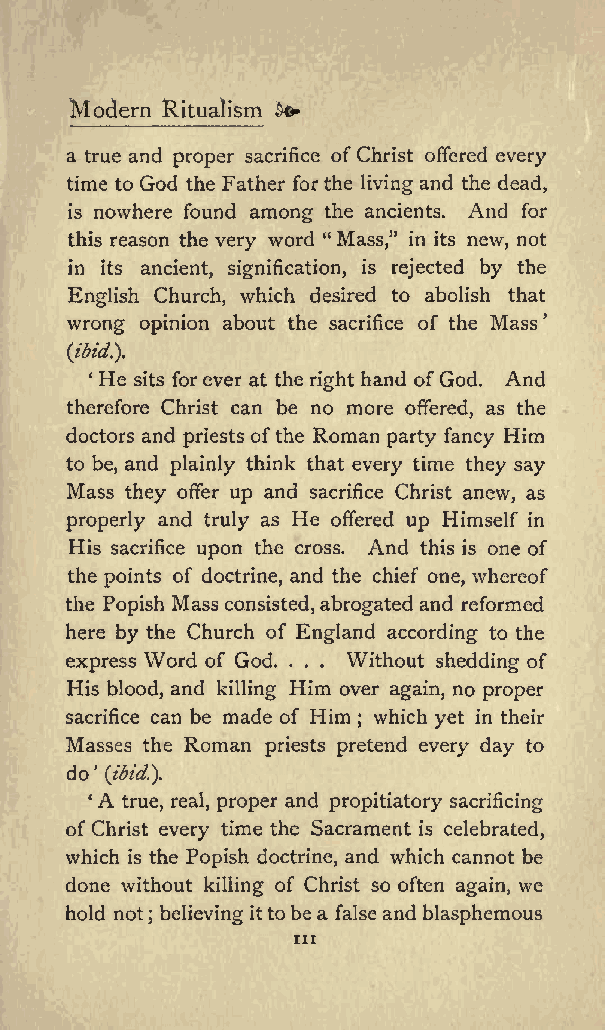
Modern Ritualism &
 a true and proper sacrifice ofChrist offered every
 time to God the Father forthe living and the dead,
 is nowhere found among the ancients. And for
 this reason the very word &quot; Mass,&quot; in its new, not
 in its ancient, signification, is rejected by the
 English Church, which desired to abolish that
 wrong opinion about the sacrifice of the Mass
 (ibid.}.
 He sits forever at the right hand ofGod. And
 therefore Christ can be no more offered, as the
 doctors and priests ofthe Roman party fancy Him
 to be, and plainly think that every time they say
 Mass they offer up and sacrifice Christ anew, as
 properly and truly as He offered up Himself in
 His sacrifice upon the cross. And this is one of
 the points of doctrine, and the chief one, whereof
 the Popish Mass consisted, abrogated and reformed
 here by the Church of England according to the
 express Word of God. . . . Without shedding of
 His blood, and killing Him over again, no proper
 sacrifice can be made of Him which yet in their
 ;
 Masses the Roman priests pretend every day to
 do (#*)
 A
 true, real, proper and propitiatory sacrificing
 of Christ every time the Sacrament is celebrated,
 which is the Popish doctrine, and which cannot be
 done without killing of Christ so often again, we
 hold not; believing ittobe a false and blasphemous
 in